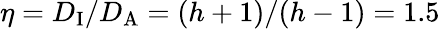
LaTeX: \eta=D_{\mathrm{I}}/D_{\mathrm{A}}=(h+1)/(h-1)=1.5